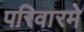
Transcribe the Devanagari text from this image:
परिवारमे